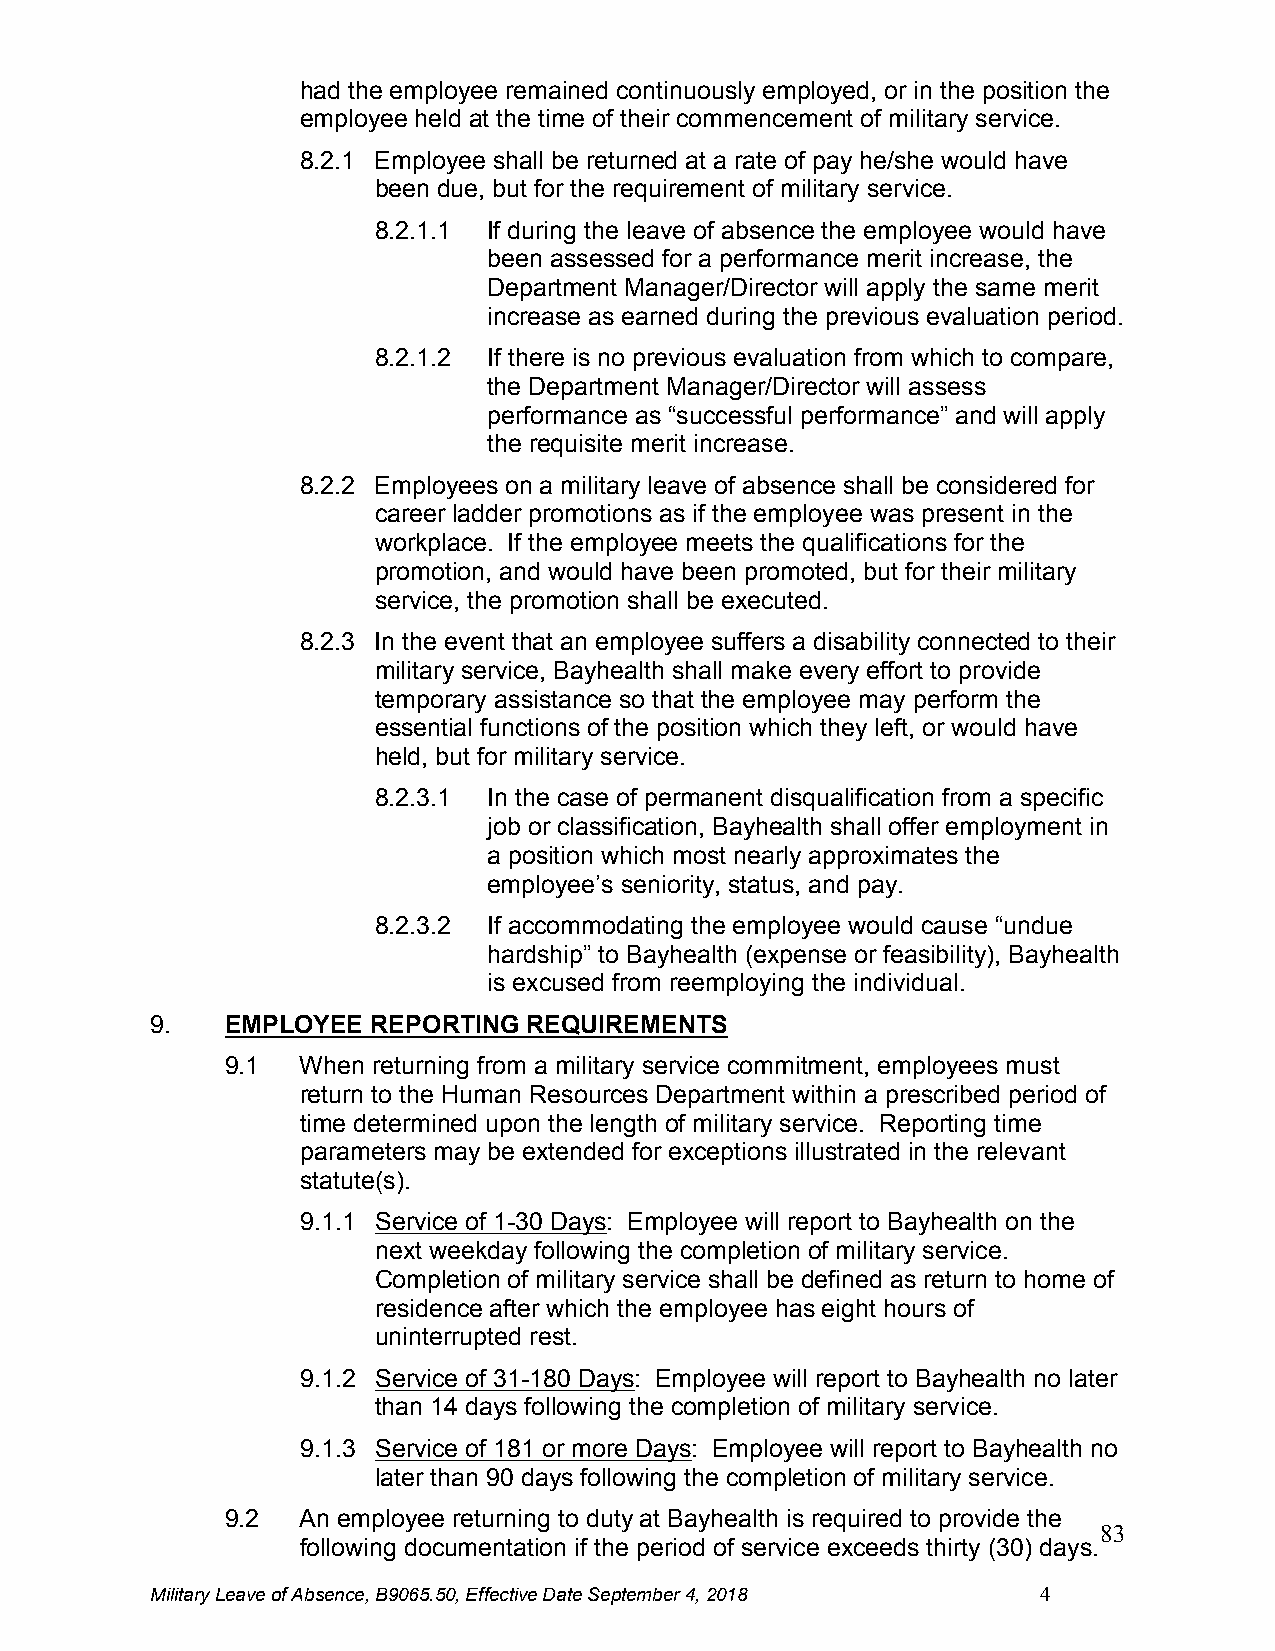
7-02-17
 had the employee remained continuously employed, or in the position the
 employee held at the time of their commencement of military service.
 8.2.1 Employee shall be returned at a rate of pay he/she would have
 been due, but for the requirement of military service.
 8.2.1.1 If during the leave of absence the employee would have
 been assessed for a performance merit increase, the
 Department Manager/Director will apply the same merit
 increase as earned during the previous evaluation period.
 8.2.1.2 If there is no previous evaluation from which to compare,
 the Department Manager/Director will assess
 performance as “successful performance” and will apply
 the requisite merit increase.
 8.2.2 Employees on a military leave of absence shall be considered for
 career ladder promotions as if the employee was present in the
 workplace. If the employee meets the qualifications for the
 promotion, and would have been promoted, but for their military
 service, the promotion shall be executed.
 8.2.3 In the event that an employee suffers a disability connected to their
 military service, Bayhealth shall make every effort to provide
 temporary assistance so that the employee may perform the
 essential functions of the position which they left, or would have
 held, but for military service.
 8.2.3.1 In the case of permanent disqualification from a specific
 job or classification, Bayhealth shall offer employment in
 a position which most nearly approximates the
 employee’s seniority, status, and pay.
 8.2.3.2 If accommodating the employee would cause “undue
 hardship” to Bayhealth (expense or feasibility), Bayhealth
 is excused from reemploying the individual.
 9.   EMPLOYEE  REPORTING REQUIREMENTS
 9.1  When returning from a military service commitment, employees must
 return to the Human Resources Department within a prescribed period of
 time determined upon the length of military service. Reporting time
 parameters may be extended for exceptions illustrated in the relevant
 statute(s).
 9.1.1 Service of 1-30 Days: Employee will report to Bayhealth on the
 next weekday following the completion of military service.
 Completion of military service shall be defined as return to home of
 residence after which the employee has eight hours of
 uninterrupted rest.
 9.1.2 Service of 31-180 Days: Employee will report to Bayhealth no later
 than 14 days following the completion of military service.
 9.1.3 Service of 181 or more Days: Employee will report to Bayhealth no
 later than 90 days following the completion of military service.
 9.2  An employee returning to duty at Bayhealth is required to provide the
 83
 following documentation if the period of service exceeds thirty (30) days.
 Military Leave of Absence, B9065.50, Effective Date September 4, 2018 4